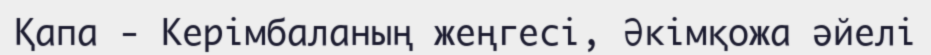
Қапа - Керімбаланың жеңгесі, Әкімқожа әйелі